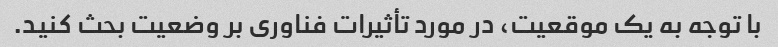
با توجه به یک موقعیت، در مورد تأثیرات فناوری بر وضعیت بحث کنید.